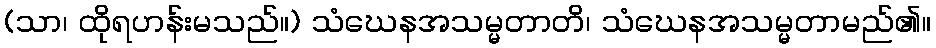
(သာ၊ ထိုရဟန်းမသည်။) သံဃေနအသမ္မတာတိ၊ သံဃေနအသမ္မတာမည်၏။